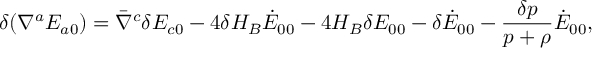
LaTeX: \delta ( \nabla ^ { a } E _ { a 0 } ) = \bar { \nabla } ^ { c } \delta E _ { c 0 } - 4 \delta H _ { B } \dot { E } _ { 0 0 } - 4 H _ { B } \delta E _ { 0 0 } - \delta \dot { E } _ { 0 0 } - \frac { \delta p } { p + \rho } \dot { E } _ { 0 0 } ,